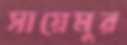
সায়েমুর